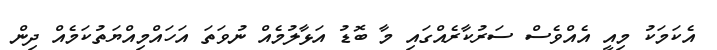
އެކަމަކު މިއީ އެއްވެސް ސަރުކާރެއްގައި މާ ބޮޑު އަޅާލުމެއް ނުވަތަ އަހައްމިއްޔަތުކަމެއް ދިން